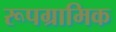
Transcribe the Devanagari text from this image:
रूपग्रामिक